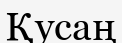
Қусаң